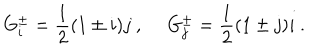
LaTeX: G _ { i } ^ { \pm } = \frac { 1 } { 2 } ( 1 \pm i ) j ~ , ~ ~ G _ { j } ^ { \pm } = \frac { 1 } { 2 } ( 1 \pm j ) i ~ .